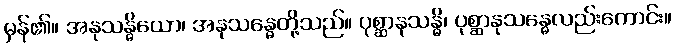
မှန်၏။ အနုသန္ဓိယော၊ အနုသန္ဓေတို့သည်။ ပုစ္ဆာနုသန္ဓိ၊ ပုစ္ဆာနုသန္ဓေလည်းကောင်း။